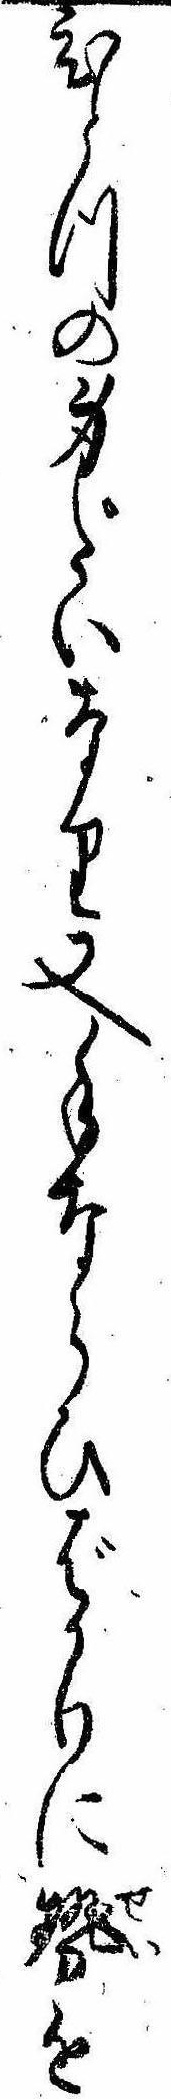
ひとつの身だいなり又手ならひばかりに勢を